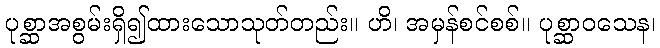
ပုစ္ဆာအစွမ်းရှိ၍ထားသောသုတ်တည်း။ ဟိ၊ အမှန်စင်စစ်။ ပုစ္ဆာဝသေန၊